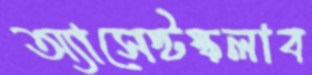
অ্যাসেস্টস্কলাব